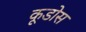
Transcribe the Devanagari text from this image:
कूडोस